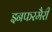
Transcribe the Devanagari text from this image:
इनफरमैरी